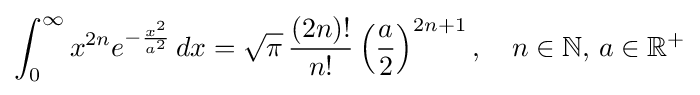
\int _{0}^{\infty }x^{2n}e^{-{\frac {x^{2}}{a^{2}}}}\,dx={\sqrt {\pi }}\,{\frac {(2n)!}{n!}}\left({\frac {a}{2}}\right)^{2n+1},\quad n\in \mathbb {N} ,\,a\in \mathbb {R} ^{+}